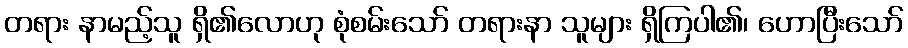
တရား နာမည့်သူ ရှိ၏လောဟု စုံစမ်းသော် တရားနာ သူများ ရှိကြပါ၏၊ ဟောပြီးသော်